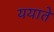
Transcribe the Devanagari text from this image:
ययाते